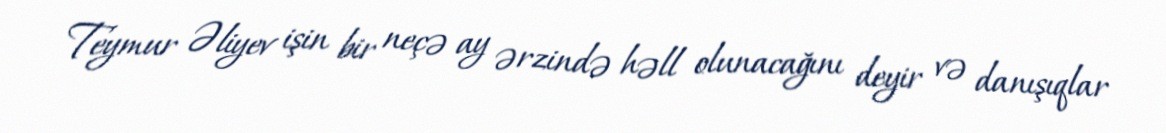
Teymur Əliyev işin bir neçə ay ərzində həll olunacağını deyir və danışıqlar